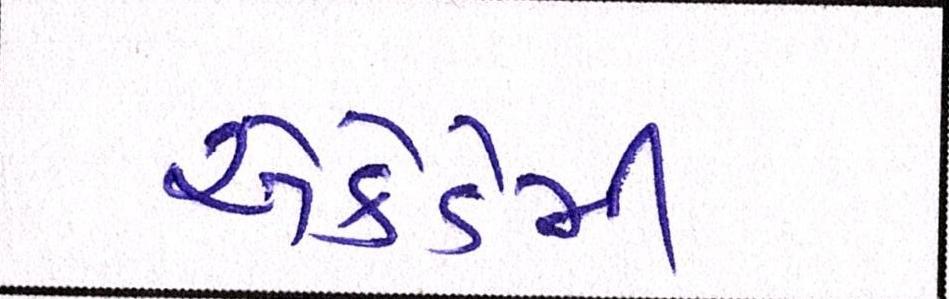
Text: એકેડેમી